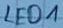
Text: LED1